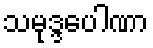
သမုဒ္ဒပေါဏာ